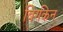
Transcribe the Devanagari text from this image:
बिरकिन